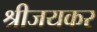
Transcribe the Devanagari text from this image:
श्रीजयकर